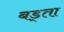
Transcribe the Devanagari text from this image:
बड्ता